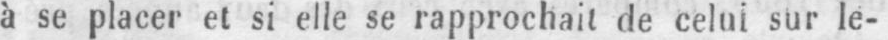
à se placer et si elle se rapprochait de celui sur le-